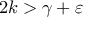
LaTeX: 2 k > \gamma + \varepsilon